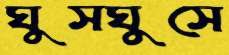
ঘুসঘুসে